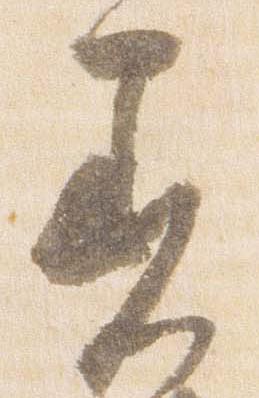
着